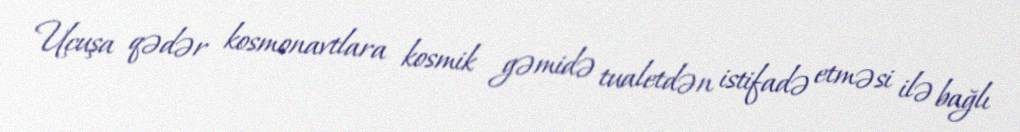
Uçuşa qədər kosmonavtlara kosmik gəmidə tualetdən istifadə etməsi ilə bağlı